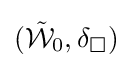
({\tilde {\mathcal {W}}}_{0},\delta _{\Box })